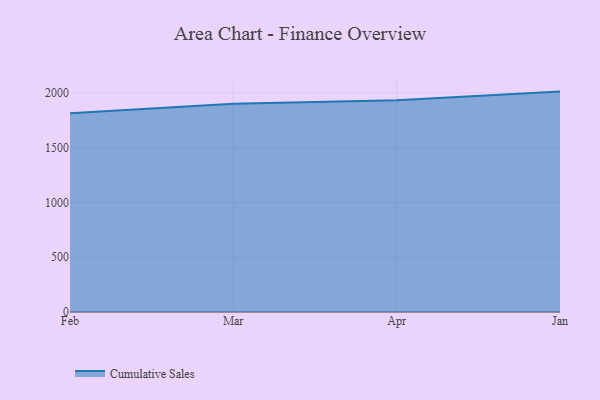
{"axis": {"x": "Month", "y": "Shipments"}, "legend": ["Cumulative Sales"], "data": [{"x": "Feb", "y": 1812.5, "type": "Cumulative Sales"}, {"x": "Mar", "y": 1900.8, "type": "Cumulative Sales"}, {"x": "Apr", "y": 1931.9, "type": "Cumulative Sales"}, {"x": "Jan", "y": 2011.0, "type": "Cumulative Sales"}]}